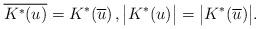
LaTeX: \begin{align*}\overline{K^*(u)}=K^*(\overline{u})\,,\big|K^*(u)\big|=\big|K^*(\overline{u})\big|.\end{align*}